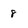
Character: 8